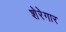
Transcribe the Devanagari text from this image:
शेरेगार